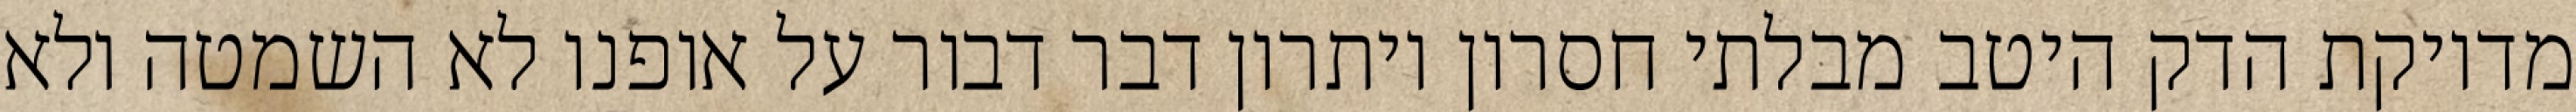
מדויקת הדק היטב מבלתי חסרון ויתרון דבר דבור על אופנו לא השמטה ולא